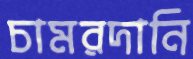
চামরদানি